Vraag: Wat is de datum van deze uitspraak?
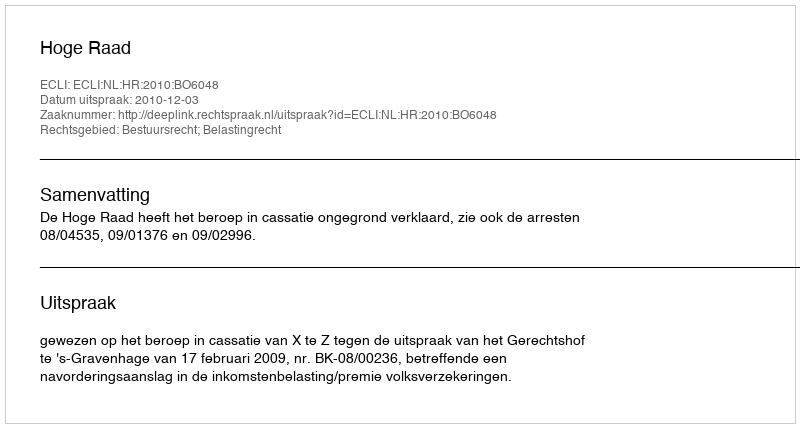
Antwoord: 2010-12-03